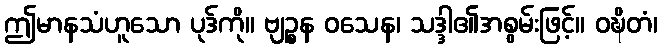
ဤမာနသံဟူသော ပုဒ်ကို။ ဗျဉ္စန ဝသေန၊ သဒ္ဒါ၏အစွမ်းဖြင့်။ ဝဍ္ဎိတံ၊